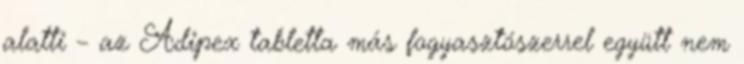
alatti – az Adipex tabletta más fogyasztószerrel együtt nem